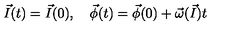
{ \vec { I } } ( t ) = { \vec { I } } ( 0 ) , \quad { \vec { \phi } } ( t ) = { \vec { \phi } } ( 0 ) + { \vec { \omega } } ( { \vec { I } } ) t